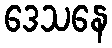
ဒေသနေ